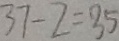
3 7 - 2 = 3 5